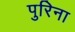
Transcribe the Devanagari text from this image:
पुरिना